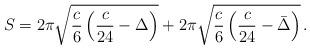
LaTeX: \begin{align*}S = 2\pi\sqrt{\frac c6\left(\frac{c}{24} - \Delta\right)} + 2\pi\sqrt{\frac c6\left(\frac{c}{24} - \bar\Delta\right)}\,.\end{align*}